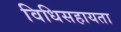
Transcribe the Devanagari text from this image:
विधिसहायता